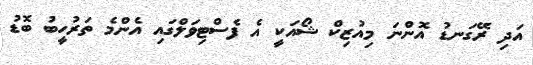
އަދި ރޭގަނޑު އޮންނަ މިއުޒިކް ޝޯއަކީ އެ ފެސްޓިވަލްގައި އެންމެ ތަރުހީބު ބޮޑު